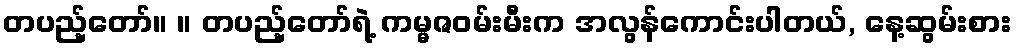
တပည့်တော်။ ။ တပည့်တော်ရဲ့ ကမ္မဇဝမ်းမီးက အလွန်ကောင်းပါတယ်, နေ့ဆွမ်းစား